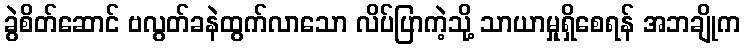
ခွဲစိတ်ဆောင် ဗလွတ်ခနဲထွက်လာသော လိပ်ပြာကဲ့သို့ သာယာမှုရှိစေရန် အဘချိုက